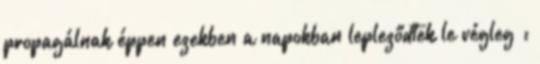
propagálnak éppen ezekben a napokban lepleződtek le végleg :